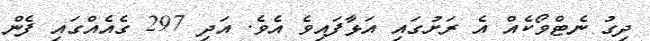
ދިގު ނެޓްވޯކެއް އެ ރަށުގައި އަޅާފައިވެ އެވެ. އަދި 297 ގެއެއްގައި ފެން